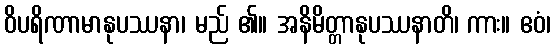
ဝိပရိဏာမာနုပဿနာ၊ မည် ၏။ အနိမိတ္တာနုပဿနာတိ၊ ကား။ ဧဝံ၊